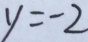
y = - 2